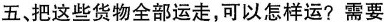
五、把这些货物全部运走，可以怎样运?需要